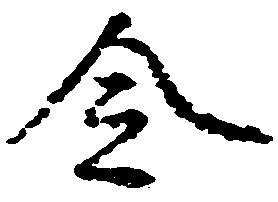
令